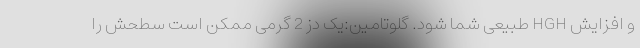
و افزایش HGH طبیعی شما شود. گلوتامین:یک دز 2 گرمی ممکن است سطحش را